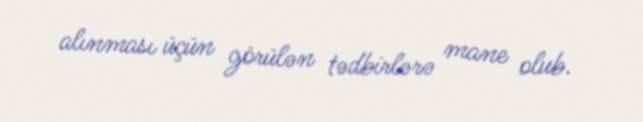
alınması üçün görülən tədbirlərə mane olub.